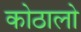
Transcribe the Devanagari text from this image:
कोठालो